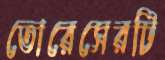
তোরেসেরটি